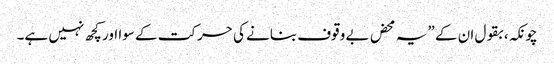
چونکہ، بقول ان کے ”یہ محض بے وقوف بنانے کی حرکت کے سوا اور کچھ نہیں ہے۔